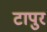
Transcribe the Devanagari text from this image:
टापुर